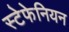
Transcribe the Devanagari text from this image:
स्टेफेनियन